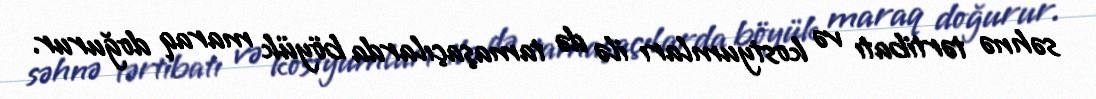
səhnə tərtibatı və kostyumları ilə də tamaşaçılarda böyük maraq doğurur.